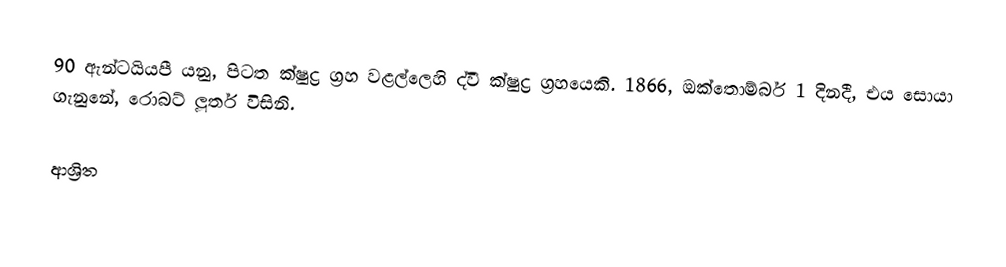
90 ඇන්ටයියපී යනු,  පිටත ක්ෂුද්‍ර ග්‍රහ වළල්ලෙහි ද්වී ක්ෂුද්‍ර ග්‍රහයෙකි.  1866, ඔක්තොම්බර් 1 දිනදී,   එය සොයා ගැනුනේ,  රොබට් ලූතර් විසිනි.

ආශ්‍රිත